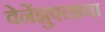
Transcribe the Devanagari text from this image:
वेनेंझुएलाचा